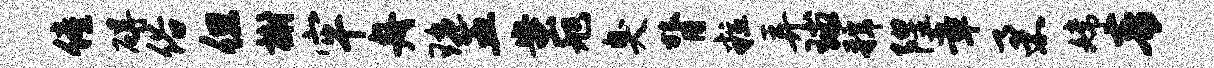
僮碍俗但榭牢舟琬五蚩旭臭膂粒弄球虢隍章柔嫦青